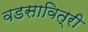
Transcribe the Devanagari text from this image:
वडसावित्री